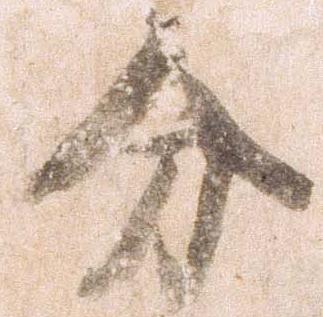
分